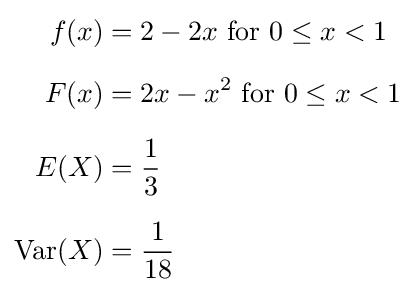
{\begin{aligned}f(x)&=2-2x{\text{ for }}0\leq x<1\\[6pt]F(x)&=2x-x^{2}{\text{ for }}0\leq x<1\\[6pt]E(X)&={\frac {1}{3}}\\[6pt]\operatorname {Var} (X)&={\frac {1}{18}}\end{aligned}}